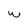
Character: w